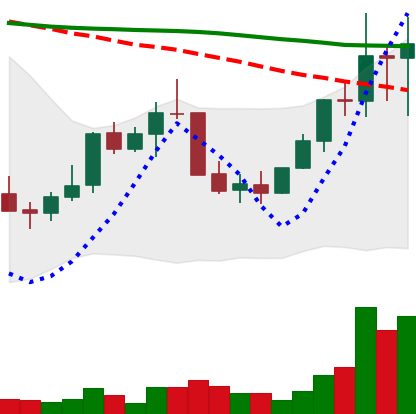
Ticker: LINK-USD
Chart end date: 2022-01-07
Forward return: 3.148%
Label: up_3_5